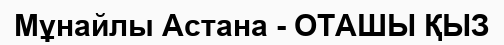
Мұнайлы Астана - ОТАШЫ ҚЫЗ